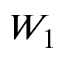
W _ { 1 }